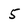
Character: 5